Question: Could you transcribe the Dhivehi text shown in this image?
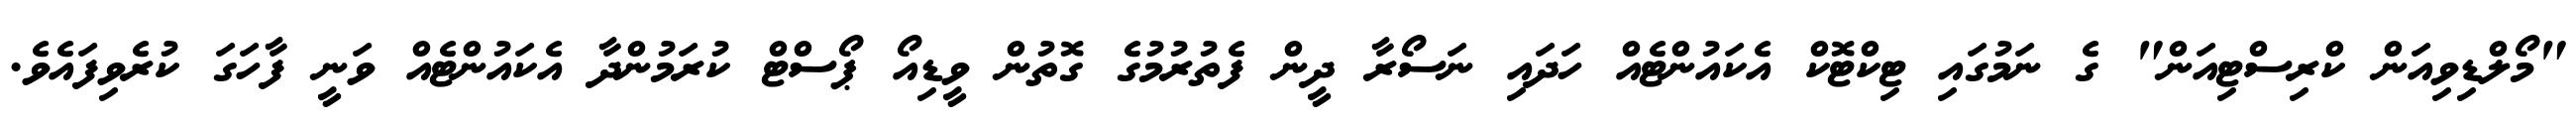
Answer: "މޯލްޑިވިއަން ކްރިސްޓިއަން" ގެ ނަމުގައި ޓިކްޓޮކް އެކައުންޓެއް ހަދައި ނަސޯރާ ދީން ފެތުރުމުގެ ގޮތުން ވީޑިއޯ ޕޯސްޓް ކުރަމުންދާ އެކައުންޓެއް ވަނީ ފާހަގަ ކުރެވިފައެވެ.